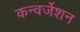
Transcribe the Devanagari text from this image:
कन्वर्जेशन